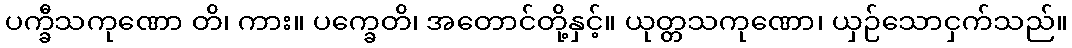
ပက္ခီသကုဏော တိ၊ ကား။ ပက္ခေတိ၊ အတောင်တို့နှင့်။ ယုတ္တသကုဏော၊ ယှဉ်သောငှက်သည်။